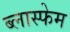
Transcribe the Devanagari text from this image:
ब्लास्फेम